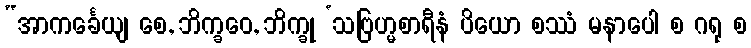
“အာကင်္ခေယျ စေ, ဘိက္ခဝေ, ဘိက္ခု ‘သဗြဟ္မစာရီနံ ပိယော စဿံ မနာပေါ စ ဂရု စ